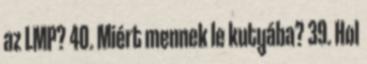
az LMP? 40. Miért mennek le kutyába? 39. Hol